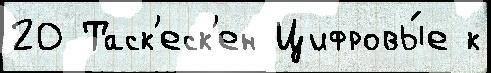
20 Таск'еск'ен Цифровы́е к